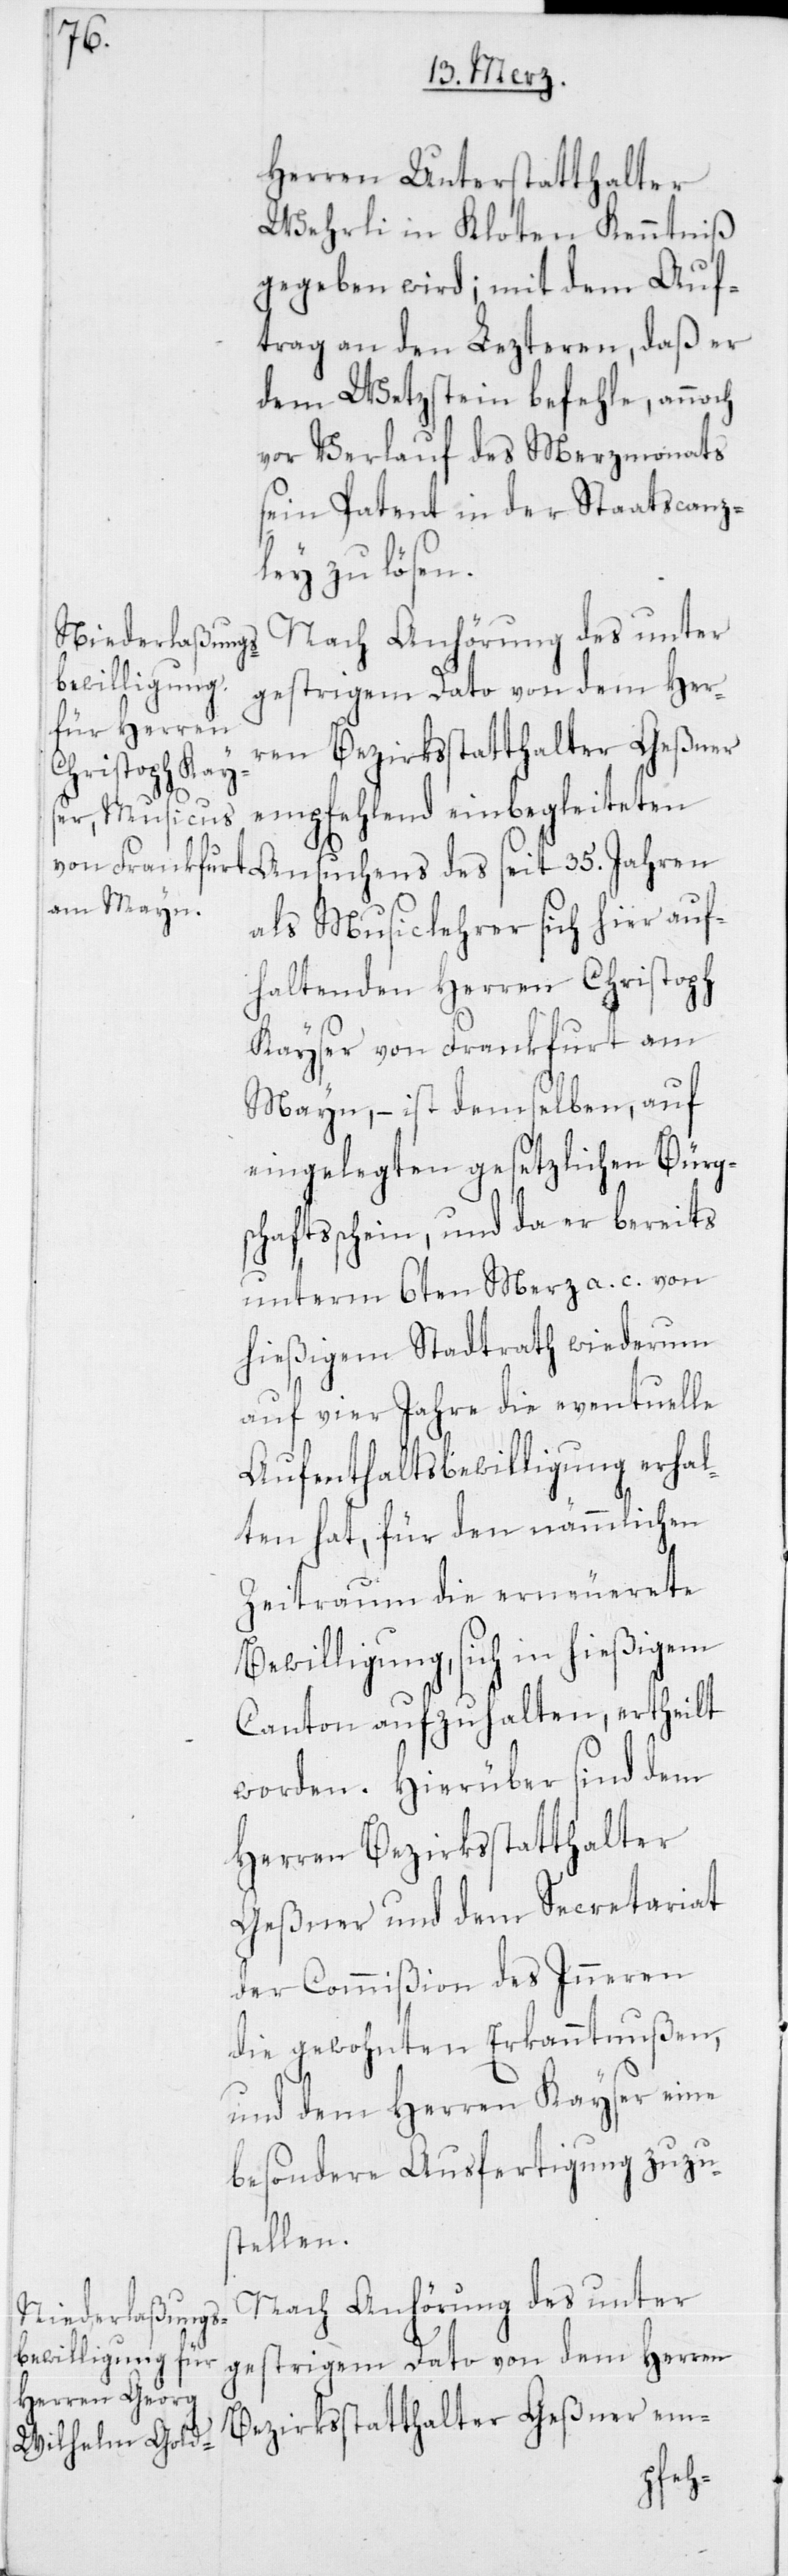
Herren Unterstatthalter
Wehrli in Kloten Kenntniß
gegeben wird; mit dem Auf¬
trag an den Lezteren, daß er
dem Wetzstein befehle, annoch
vor Verlauf des Merzmonats
sein Patent in der Staatscanz¬
ley zu lösen.
Nach Anhörung des unter
gestrigem Dato von dem Her¬
ren Bezirksstatthalter Geßner
empfehlend einbegleiteten
als Musiclehrer sich hier auf¬
haltenden Herren Christoph
Kayser von Frankfurt am
Mayn, – ist demselben, auf
eingelegten gesetzlichen Bürgs¬
chaftsschein, und da er bereits
unterm 6ten Merz a. c. von
hießigem Stadtrath wiederum
auf vier Jahre die eventuelle
Aufenthaltsbewilligung erhal¬
ten hat, für den nämmlichen
Zeitraum die erneuerete
Bewilligung, sich in hießigem
Canton aufzuhalten, ertheilt
worden. Hierüber sind dem
Herren Bezirksstatthalter
Geßner und dem Secretariat
der Commißion des Inneren
die gewohnten Erkanntnußen,
und dem Herren Kayser eine
besondere Ausfertigung zuzu¬
stellen.
Nach Anhörung des unter